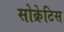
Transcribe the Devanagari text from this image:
सोक्रेटिस